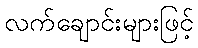
လက်ချောင်းများဖြင့်